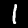
Digit: 1